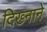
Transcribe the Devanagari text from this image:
दिख्नाने